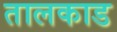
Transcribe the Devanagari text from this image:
तालकाड